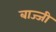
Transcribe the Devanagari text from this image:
बाज्जी